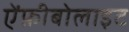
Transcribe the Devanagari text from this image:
ऐंफ़ीबोलाइट